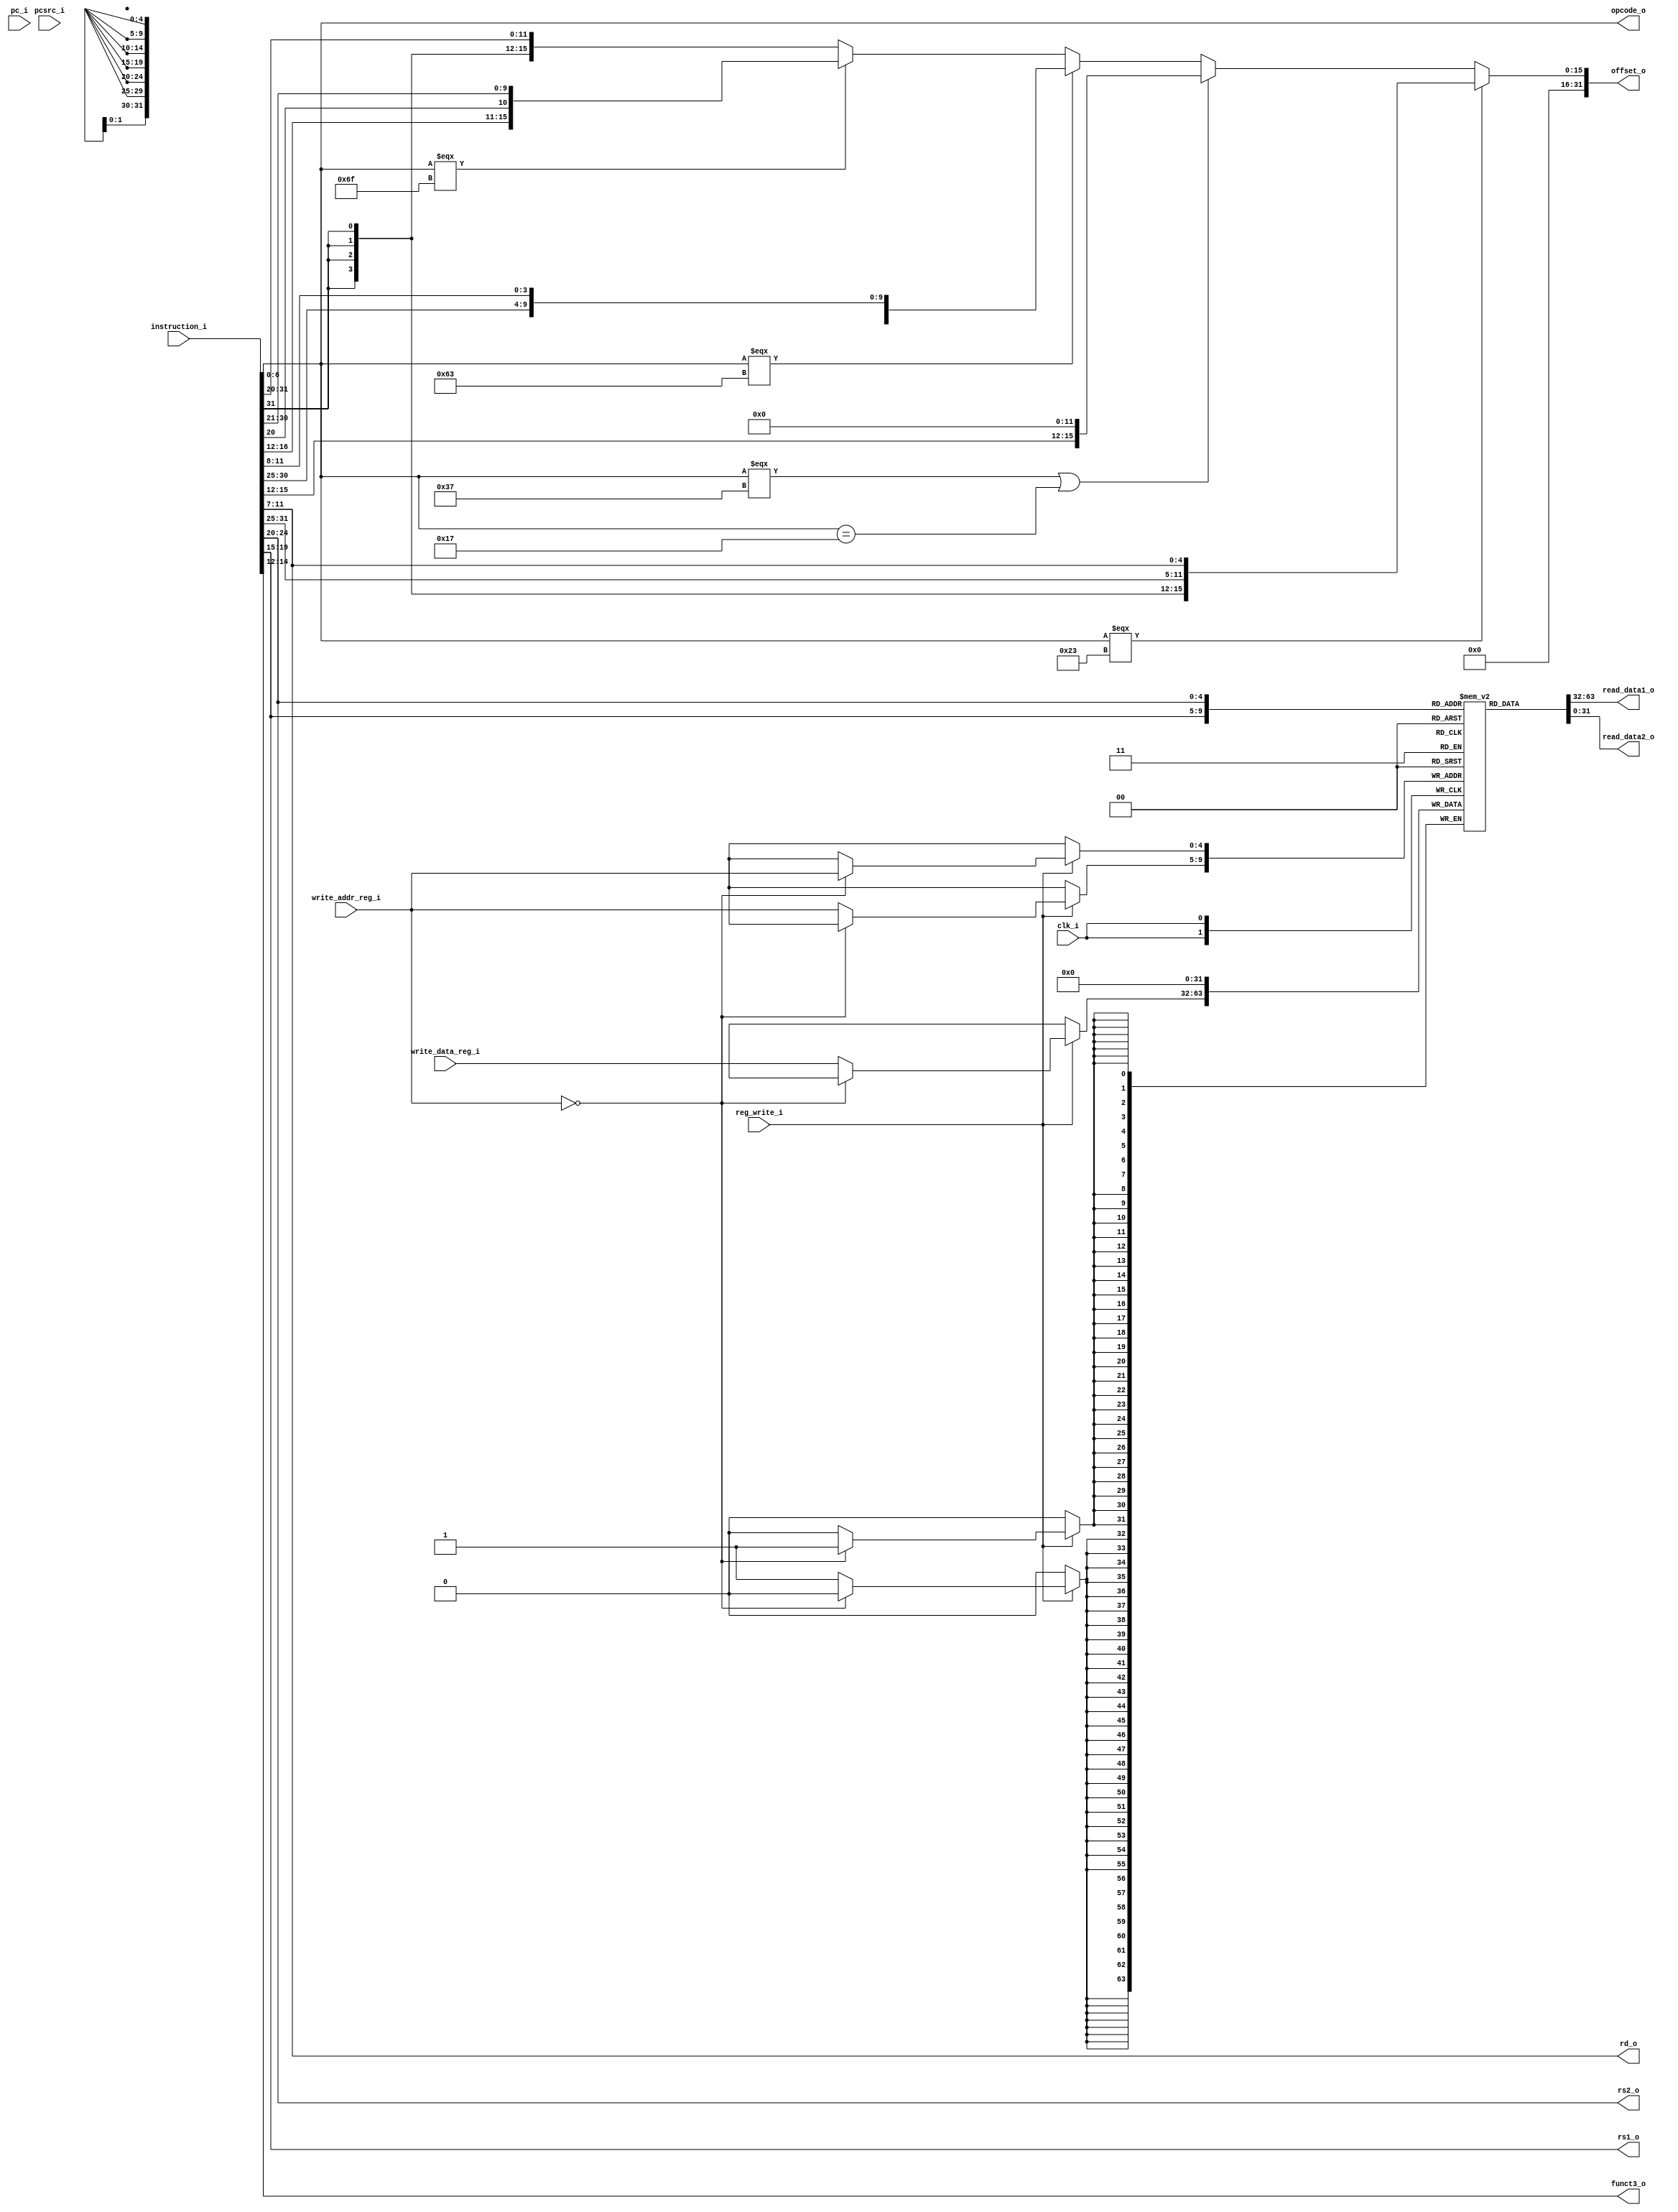
//  Sharanesh: Verified
//  Phani:

module pipeline_decode(
    input clk_i, //Clock-input

    input [31:0] instruction_i, //Instruction input
    input [31:0] pcsrc_i, //Program counter source without branching
    input [31:0] pc_i, //Program counter

    input [4:0] write_addr_reg_i, // Address of the write register (Coming from WB)
    input [31:0] write_data_reg_i, //Data to be written in the write register (Coming from WB)
    input reg_write_i, //Control signal that determines if it is to write in the register or not

    //output [31:0] instruction_o, //Instruction output (redundant)
    output [6:0] opcode_o, //Opcode of the instruction
    output [2:0] funct3_o, //Funct3 of the instruction

    output [31:0] read_data1_o, //data read from register-1
    output [31:0] read_data2_o, //data read from register-2
    output [4:0] rs1_o, //source operand-1 regitser address
    output [4:0] rs2_o, //source operand-2 register address
    output [4:0] rd_o, //destination operand address
    output [31:0] offset_o //offset value after being sign extended
);

    // -----------------
    // Registers&Wires
    // -----------------
    //////////reg [31:0] instruction;//Instruction register
    reg [6:0] opcode_reg; //Opcode of the instruction
    reg [2:0] funct3_reg; //Funct3 of the instruction

    reg [4:0] rs1_reg; //source operand-1 address register
    reg [4:0] rs2_reg; //source operand-2 address register
    reg [4:0] rd_reg; //destination operand address register
    reg [15:0] offset_reg; //offset value after being sign extended

    reg [31:0] internal_registers[0:31]; //data memory

    // -------------
    // Peforming the required functionalities
    // -------------
    integer i;
    initial begin //intially setting all registers to zero
        for (i=0;i<32;i=i+1) begin
            internal_registers[i]=32'b0;
        end             
    end
    
    always @(posedge clk_i) begin
        if (reg_write_i) begin
            if (write_addr_reg_i == 5'd0) begin
                internal_registers[write_addr_reg_i] <= 32'd0; // the reg0 is always zero
            end
            else begin
                internal_registers[write_addr_reg_i] <= write_data_reg_i;
            end
        end
    end

    always @(*) begin
        opcode_reg <= instruction_i[6:0];
        funct3_reg <= instruction_i[14:12];

        rs1_reg <= instruction_i[19:15];
        rs2_reg <= instruction_i[24:20];
        rd_reg <= instruction_i[11:7];

        if(instruction_i[6:0] === 7'b0100011) begin // STORE type
            offset_reg <= {{20{instruction_i[31]}},{instruction_i[31:25],instruction_i[11:7]}};
        end
        else if(instruction_i[6:0] === 7'b0110111 || instruction_i[6:0] == 7'b0010111) begin // LUI and AUIPC type
            offset_reg <= {instruction_i[31:12],{12{1'b0}}};
        end
        else if(instruction_i[6:0] === 7'b1100011) begin // BRANCH type
            offset_reg <= {{20{instruction_i[31]}},{instruction_i[31],instruction_i[7],instruction_i[30:25],instruction_i[11:8]}};
        end
        else if(instruction_i[6:0] === 7'b1101111) begin // JAL type
            offset_reg <= {{12{instruction_i[31]}},{instruction_i[31],instruction_i[19:12],instruction_i[20],instruction_i[30:21]}};
        end
        else begin // LOAD IMM(Immediate) type and JALR type
            offset_reg <= {{20{instruction_i[31]}},instruction_i[31:20]};
        end
    end

    //assign instruction_o = instruction_i;
    assign opcode_o = opcode_reg;
    assign funct3_o = funct3_reg;
    assign rs1_o = rs1_reg;
    assign rs2_o = rs2_reg;
    assign rd_o = rd_reg;
    assign read_data1_o = internal_registers[rs1_reg]; // set it based on reg now... may be change based on output
    assign read_data2_o = internal_registers[rs2_reg]; // set it based on reg now... may be change based on output
    assign offset_o = offset_reg;

endmodule